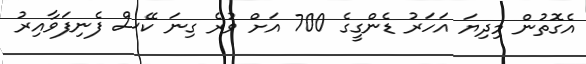
އެގޮތުން މިިިދިޔަ އަހަރު ޑެންގީގެ 700 އަށް ވުރެ ގިނަ ކޭސް ފެނިފަވާއިރު